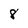
Character: 8